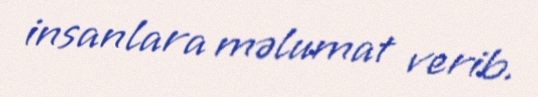
insanlara məlumat verib.